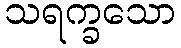
သရက္ခသော